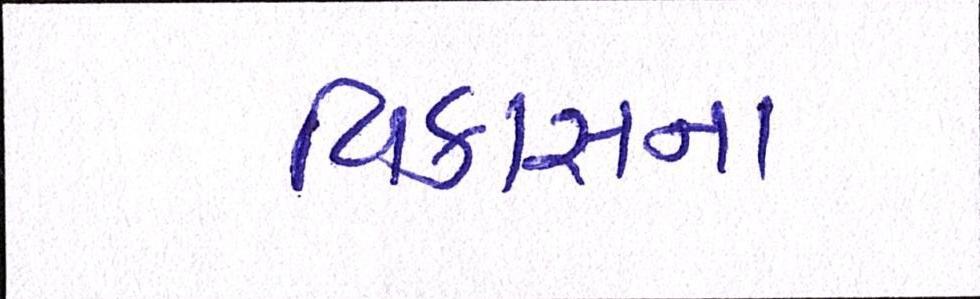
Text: વિકાસના